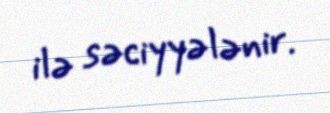
ilə səciyyələnir.